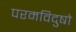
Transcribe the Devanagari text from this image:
परमविदुषो